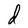
Character: d